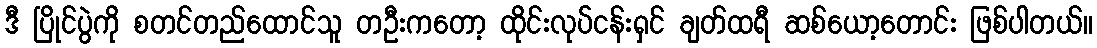
ဒီ ပြိုင်ပွဲကို စတင်တည်ထောင်သူ တဦးကတော့ ထိုင်းလုပ်ငန်းရှင် ချတ်ထရီ ဆစ်ယော့တောင်း ဖြစ်ပါတယ်။